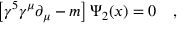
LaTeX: \left[ \gamma ^ { 5 } \gamma ^ { \mu } \partial _ { \mu } - m \right] \Psi _ { 2 } ( x ) = 0 \quad ,